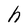
Character: h